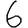
Digit: 6